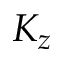
K _ { z }